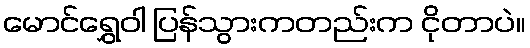
မောင်ရွှေဝါ ပြန်သွားကတည်းက ငိုတာပဲ။